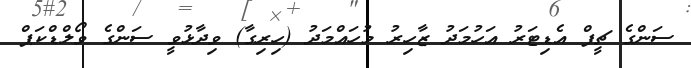
ސަންގެ ޗީފް އެޑިޓަރު އަހުމަދު ޒާހިރު މުހައްމަދު (ހިރިގާ) ވިދާޅުވީ ސަންގެ ވޯލްޑްކަޕް